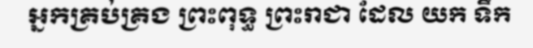
អ្នកគ្រប់គ្រង ព្រះពុទ្ធ ព្រះរាជា ដែល យក ទឹក